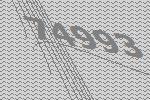
74993